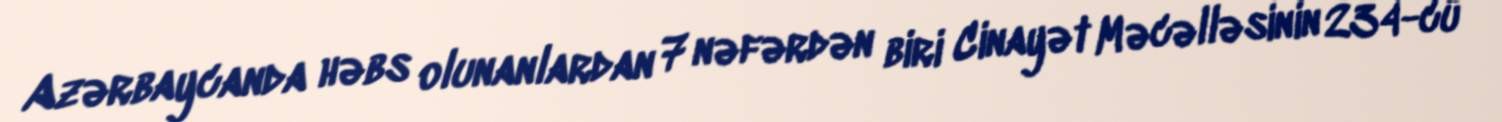
Azərbaycanda həbs olunanlardan 7 nəfərdən biri Cinayət Məcəlləsinin 234-cü